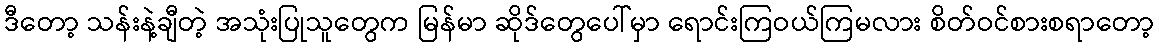
ဒီတော့ သန်းနဲ့ချီတဲ့ အသုံးပြုသူတွေက မြန်မာ ဆိုဒ်တွေပေါ်မှာ ရောင်းကြဝယ်ကြမလား စိတ်ဝင်စားစရာတော့